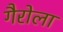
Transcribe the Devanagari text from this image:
गैरोला